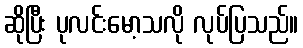
ဆိုပြီး ပုလင်းမော့သလို လုပ်ပြသည်။